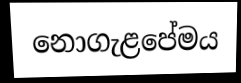
නොගැළපේමය